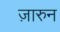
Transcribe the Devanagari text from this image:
ज़ारुन